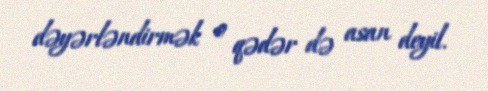
dəyərləndirmək o qədər də asan deyil.